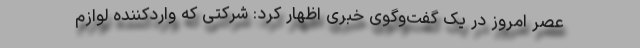
عصر امروز در یک گفت‌وگوی خبری اظهار کرد: شرکتی که واردکننده لوازم